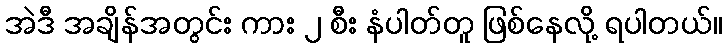
အဲဒီ အချိန်အတွင်း ကား ၂ စီး နံပါတ်တူ ဖြစ်နေလို့ ရပါတယ်။